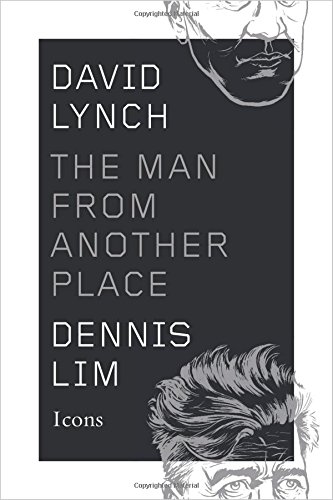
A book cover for David Lynch: The Man from Another Place (Icons); Dennis Lim; Humor & Entertainment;